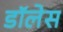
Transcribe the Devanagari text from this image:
डॉलेस